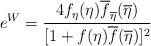
LaTeX: \begin{align*}e^W={{4f_{\eta}(\eta)\overline{f}_{\overline{\eta}}(\overline{\eta})}\over{[1+f(\eta)\overline{f}(\overline{\eta})]^2}}\end{align*}